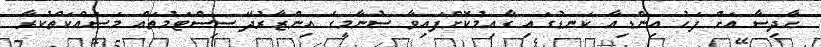
ހާދިސާ އަށް ފަހު އިންޑިއާ ކަނޑުގައި ގާއިމުކޮށްފައިވާ ސުނާމީގެ އިންޒާރުދޭ ސިސްޓަމުތައް މަސައްކަތްކުރާ